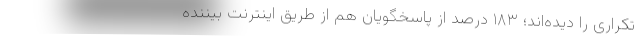
تکراری را دیده‌اند؛ ۱۸۳ درصد از پاسخگویان هم از طریق اینترنت بیننده